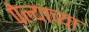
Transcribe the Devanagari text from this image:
पेल्याच्या